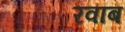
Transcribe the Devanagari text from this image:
रवाब